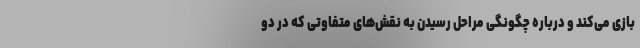
بازی می‌کند و درباره چگونگی مراحل رسیدن به نقش‌های متفاوتی که در دو